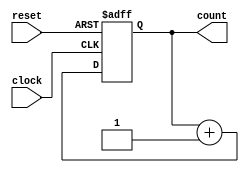
`timescale 1ns / 1ps
//////////////////////////////////////////////////////////////////////////////////
// Company: 
// Engineer: 
// 
// Design Name: 
// Module Name: counter
// Project Name: 
// Target Devices: 
// Tool Versions: 
// Description: 
// 
// Dependencies: 
// 
// Revision:
// Revision 0.01 - File Created
// Additional Comments:
// 
//////////////////////////////////////////////////////////////////////////////////


module counter(
 input clock,reset,
 output reg [12:0]count
    );
    always@(posedge clock or negedge reset)
    begin
    if(reset==0)
    count<=0;
    else count <=count+1;
    end
endmodule